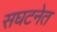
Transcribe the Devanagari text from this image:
सघटनेत